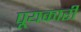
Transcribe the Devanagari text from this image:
पूयकारी